Document type: Sale
Year: 1435
Scribe: Pere Soler
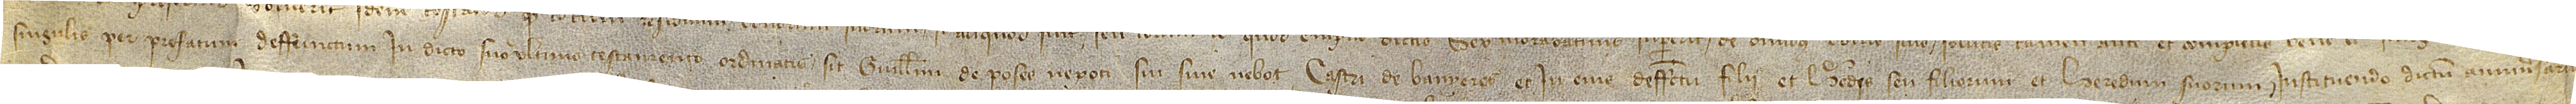
singulis per prefatum deffunctum in dicto suo ultimo testamento ordinatis, sit Guillelmum de Poses, nepoti sui sive nebot, castri de Banyeres, et in eius deffectu filii et heredis seu filiorum et heredum suorum, instituendo dictum anniversarium